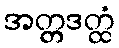
အတ္တဒတ္ထံ